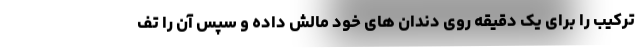
ترکیب را برای یک دقیقه روی دندان های خود مالش داده و سپس آن را تف